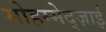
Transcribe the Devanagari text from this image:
मोहम्मेद्ज़ाई